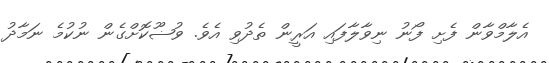
އެލާމްވާން ފެށި ފޯނު ނިވާލާފައި އަރީން ތެދުވި އެވެ. ވުޟޫކޮށްގެން ނުކުމެ ނަމާދު